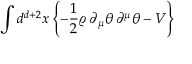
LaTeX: \int d ^ { d + 2 } x \left\{ - \frac { 1 } { 2 } \varrho \, \partial _ { \mu } \theta \, \partial ^ { \mu } \theta - V \right\}